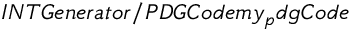
I N T G e n e r a t o r / P D G C o d e m y _ { p } d g C o d e